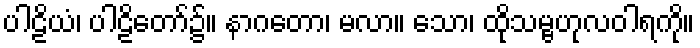
ပါဠိယံ၊ ပါဠိတော်၌။ နာဂတော၊ မလာ။ သော၊ ထိုသမ္ဗဟုလဝါရကို။